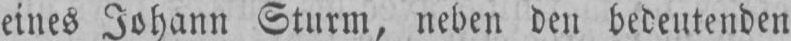
eines Johann Sturm, neben den bedeutenden